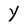
Character: y